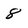
Character: 8